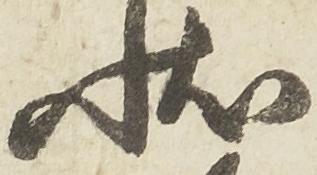
状